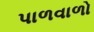
પાળવાળો